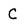
Character: C